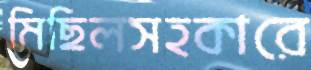
মিছিলসহকারে